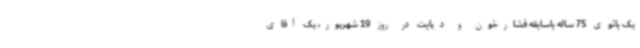
یک بانوی 75 ساله باسابقه فشارخون و دیابت در روز 19 شهریور، یک آقای